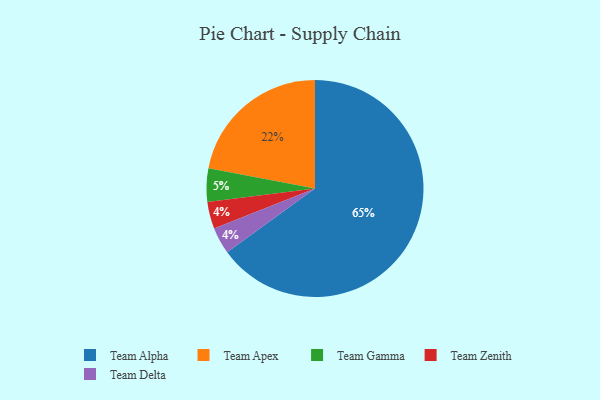
{"axis": {"x": "Category", "y": "Percentage"}, "legend": ["Team Alpha", "Team Apex", "Team Delta", "Team Gamma", "Team Zenith"], "data": [{"x": "Team Apex", "y": 22, "type": "Team Apex"}, {"x": "Team Zenith", "y": 4, "type": "Team Zenith"}, {"x": "Team Delta", "y": 4, "type": "Team Delta"}, {"x": "Team Alpha", "y": 65, "type": "Team Alpha"}, {"x": "Team Gamma", "y": 5, "type": "Team Gamma"}]}